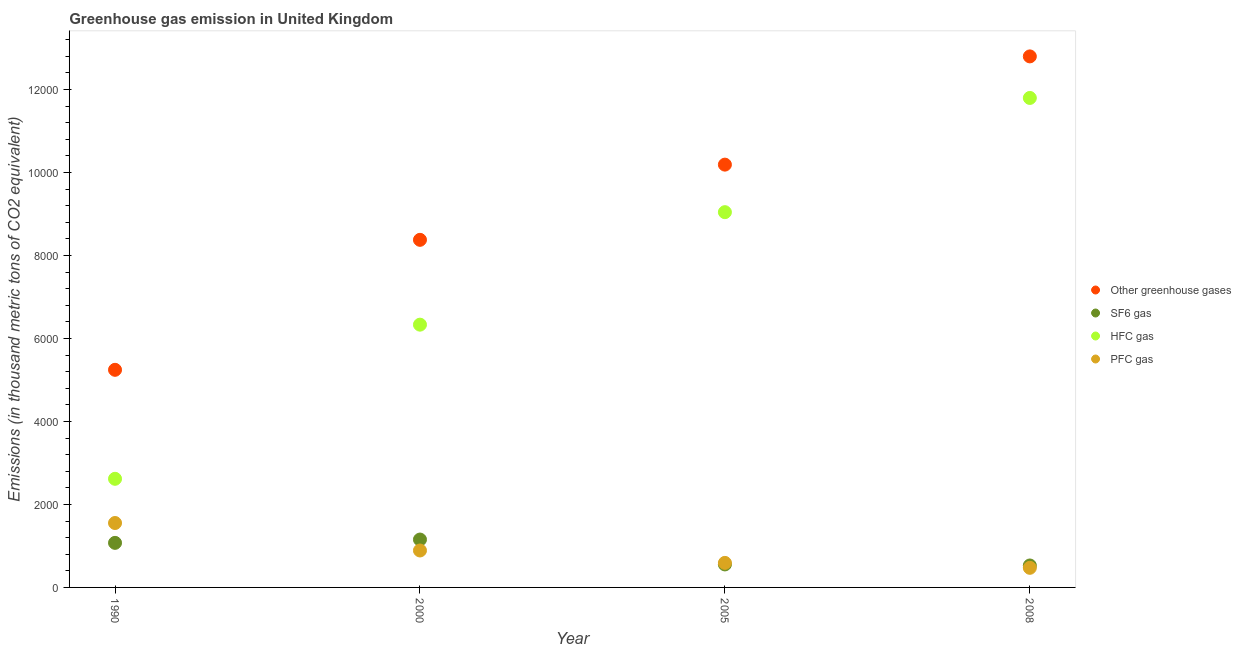
| Year | Other greenhouse gases | SF6 gas | HFC gas | PFC gas |
 | --- | --- | --- | --- | --- |
 | 1990 | 5.24e+03 | 1.07e+03 | 2.62e+03 | 1.55e+03 |
 | 2000 | 8.38e+03 | 1.15e+03 | 6.33e+03 | 890 |
 | 2005 | 1.02e+04 | 554 | 9.04e+03 | 591 |
 | 2008 | 1.28e+04 | 529 | 1.18e+04 | 472 |